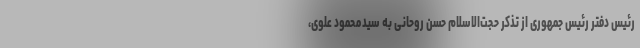
رئیس دفتر رئیس جمهوری از تذکر حجت‌الاسلام حسن روحانی به سیدمحمود علوی،